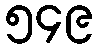
၅၄၉